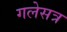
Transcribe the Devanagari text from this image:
गलेसत्र